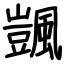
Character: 颽